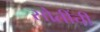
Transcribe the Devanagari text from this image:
सौतींची